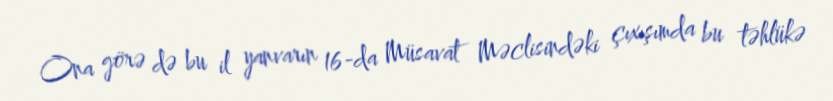
Ona görə də bu il yanvarın 16-da Müsavat Məclisindəki çıxışımda bu təhlükə